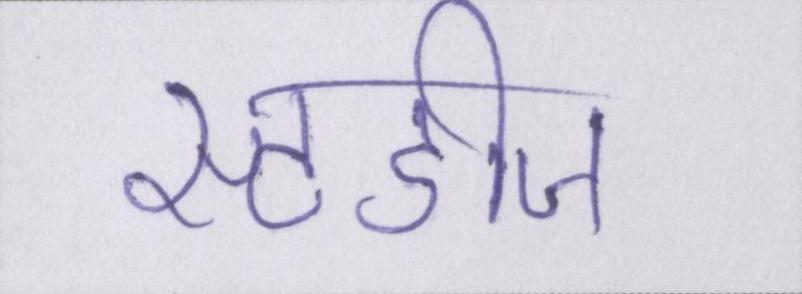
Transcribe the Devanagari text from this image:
स्टडीज